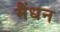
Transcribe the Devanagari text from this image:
मैंधन